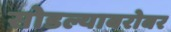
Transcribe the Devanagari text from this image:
सोडल्याबरोबर